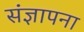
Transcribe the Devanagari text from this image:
संज्ञापना